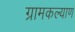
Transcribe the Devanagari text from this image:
ग्रामकल्याण